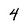
Character: 4